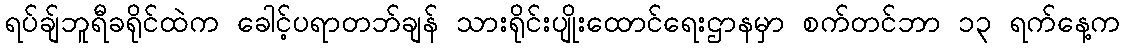
ရပ်ချ်ဘူရီခရိုင်ထဲက ခေါင့်ပရာတဘ်ချန် သားရိုင်းပျိုးထောင်ရေးဌာနမှာ စက်တင်ဘာ ၁၃ ရက်နေ့က